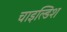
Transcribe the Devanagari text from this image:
चाइल्डिश